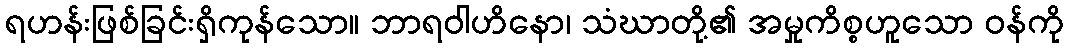
ရဟန်းဖြစ်ခြင်းရှိကုန်သော။ ဘာရဝါဟိနော၊ သံဃာတို့၏ အမှုကိစ္စဟူသော ဝန်ကို